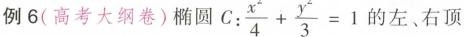
例6(高考大纲卷) 椭圆C：$$ \frac{ x } { 4 } + \frac { y } { 3 } = 1$$的左、右顶